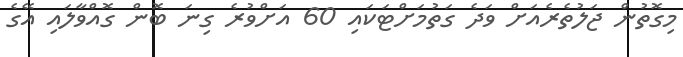
މިގޮތުން ޖަލުތެރެއަށް ވަދެ ގަތުމަށްޓަކައި 60 އަށްވުރެ ގިނަ ބޮން ގޮއްވާލައި އޭގެ